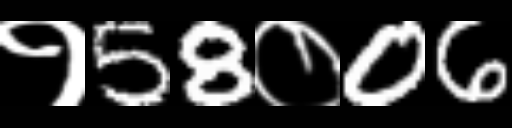
Text: १58०06